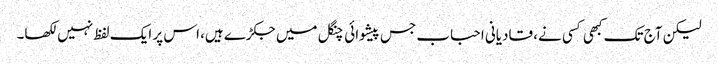
لیکن آج تک کبھی کسی نے، قادیانی احباب جس پیشوائی چنگل میں جکڑے ہیں، اس پر ایک لفظ نہیں لکھا۔